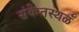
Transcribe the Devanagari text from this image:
संकेतस्थळं